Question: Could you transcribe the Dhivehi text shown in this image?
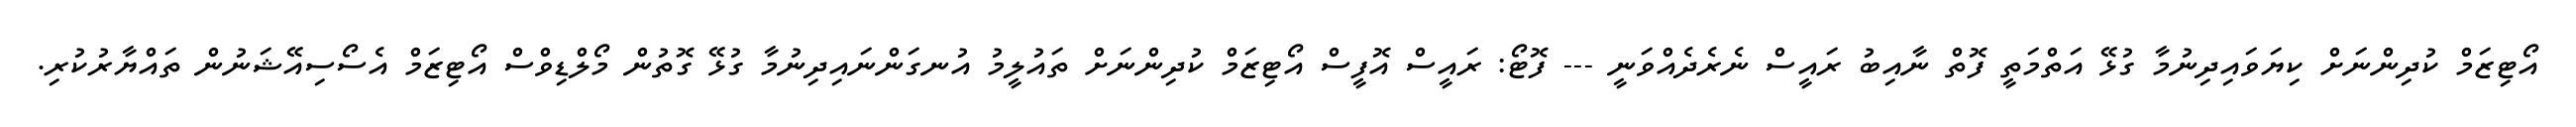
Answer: އޯޓިޒަމް ކުދިންނަށް ކިޔަވައިދިނުމާ ގުޅޭ އަތްމަތީ ފޮތް ނާއިބު ރައީސް ނެރެދެއްވަނީ --- ފޮޓޯ: ރައީސް އޮފީސް އޯޓިޒަމް ކުދިންނަށް ތައުލީމު އުނގަންނައިދިނުމާ ގުޅޭ ގޮތުން މޯލްޑިވްސް އޯޓިޒަމް އެސޯސިއޭޝަނުން ތައްޔާރުކުރި.